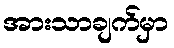
အားသာချက်မှာ